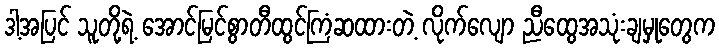
ဒါ့အပြင် သူတို့ရဲ့ အောင်မြင်စွာတီထွင်ကြံဆထားတဲ့ လိုက်လျော ညီထွေအသုံးချမှုတွေက